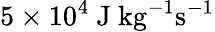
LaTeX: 5\times 10^{4}~\mathrm{J~kg}^{-1}\mathrm{s}^{-1}